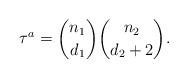
LaTeX: \begin{align*}\tau^a={n_1 \choose d_1} {n_2 \choose d_2+2}.\end{align*}